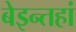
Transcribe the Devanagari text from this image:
बेइन्तहां